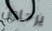
يرحلون